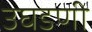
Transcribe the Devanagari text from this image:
उघडणी